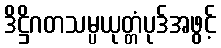
ဒိဋ္ဌိဂတသမ္ပယုတ္တံပုဒ်အဖွင့်